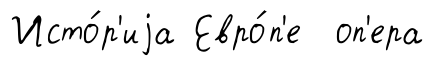
Исто́р'иjа Евро́п'е оп'ера